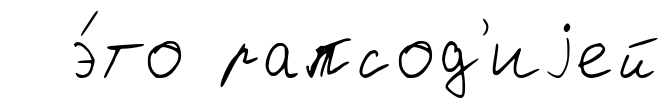
э́то рапсод'иjей